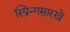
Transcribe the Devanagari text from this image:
स्प्रिन्गसारखे